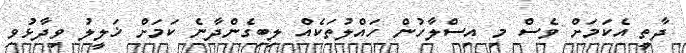
ދާތީ އެކަމަށް ވެސް މި އިސްލާހުން ހައްލުތަކެއް ލިބިގެންދާނެ ކަމަށް ޚަލީލު ވިދާޅުވި